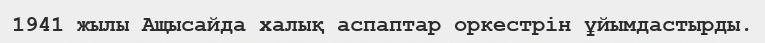
1941 жылы Ащысайда халық аспаптар оркестрін ұйымдастырды.